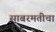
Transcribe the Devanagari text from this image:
साबरमतीचा